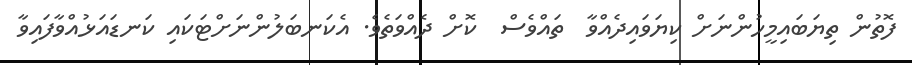
ފޮތުން ތިޔަބައިމީހުންނަށް ކިޔަވައިދެއްވާ  ތައްވެސް  ކޮށް ދެއްވަތެވެ. އެކަނބަލުންނަށްޓަކައި ކަނޑައަޅުއްވާފައިވާ